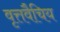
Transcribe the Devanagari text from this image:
वृत्तवैचिय